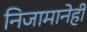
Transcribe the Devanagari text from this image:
निजामानेही